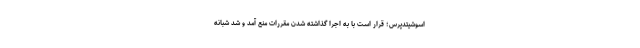
اسوشیتدپرس؛ قرار است با به اجرا گذاشته شدن مقررات منع آمد و شد شبانه